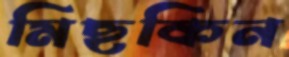
মিছকিন